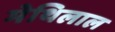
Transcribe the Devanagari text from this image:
मेथिलाल